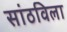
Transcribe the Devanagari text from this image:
सांठविला